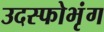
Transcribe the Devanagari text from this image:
उदस्फोभृंग